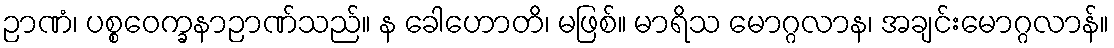
ဉာဏံ၊ ပစ္စဝေက္ခနာဉာဏ်သည်။ န ခေါဟောတိ၊ မဖြစ်။ မာရိသ မောဂ္ဂလာန၊ အချင်းမောဂ္ဂလာန်။